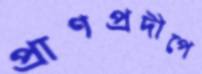
প্রাণপ্রদীপে